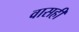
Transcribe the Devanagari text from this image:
वासही